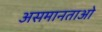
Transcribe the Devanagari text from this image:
असमानताओ